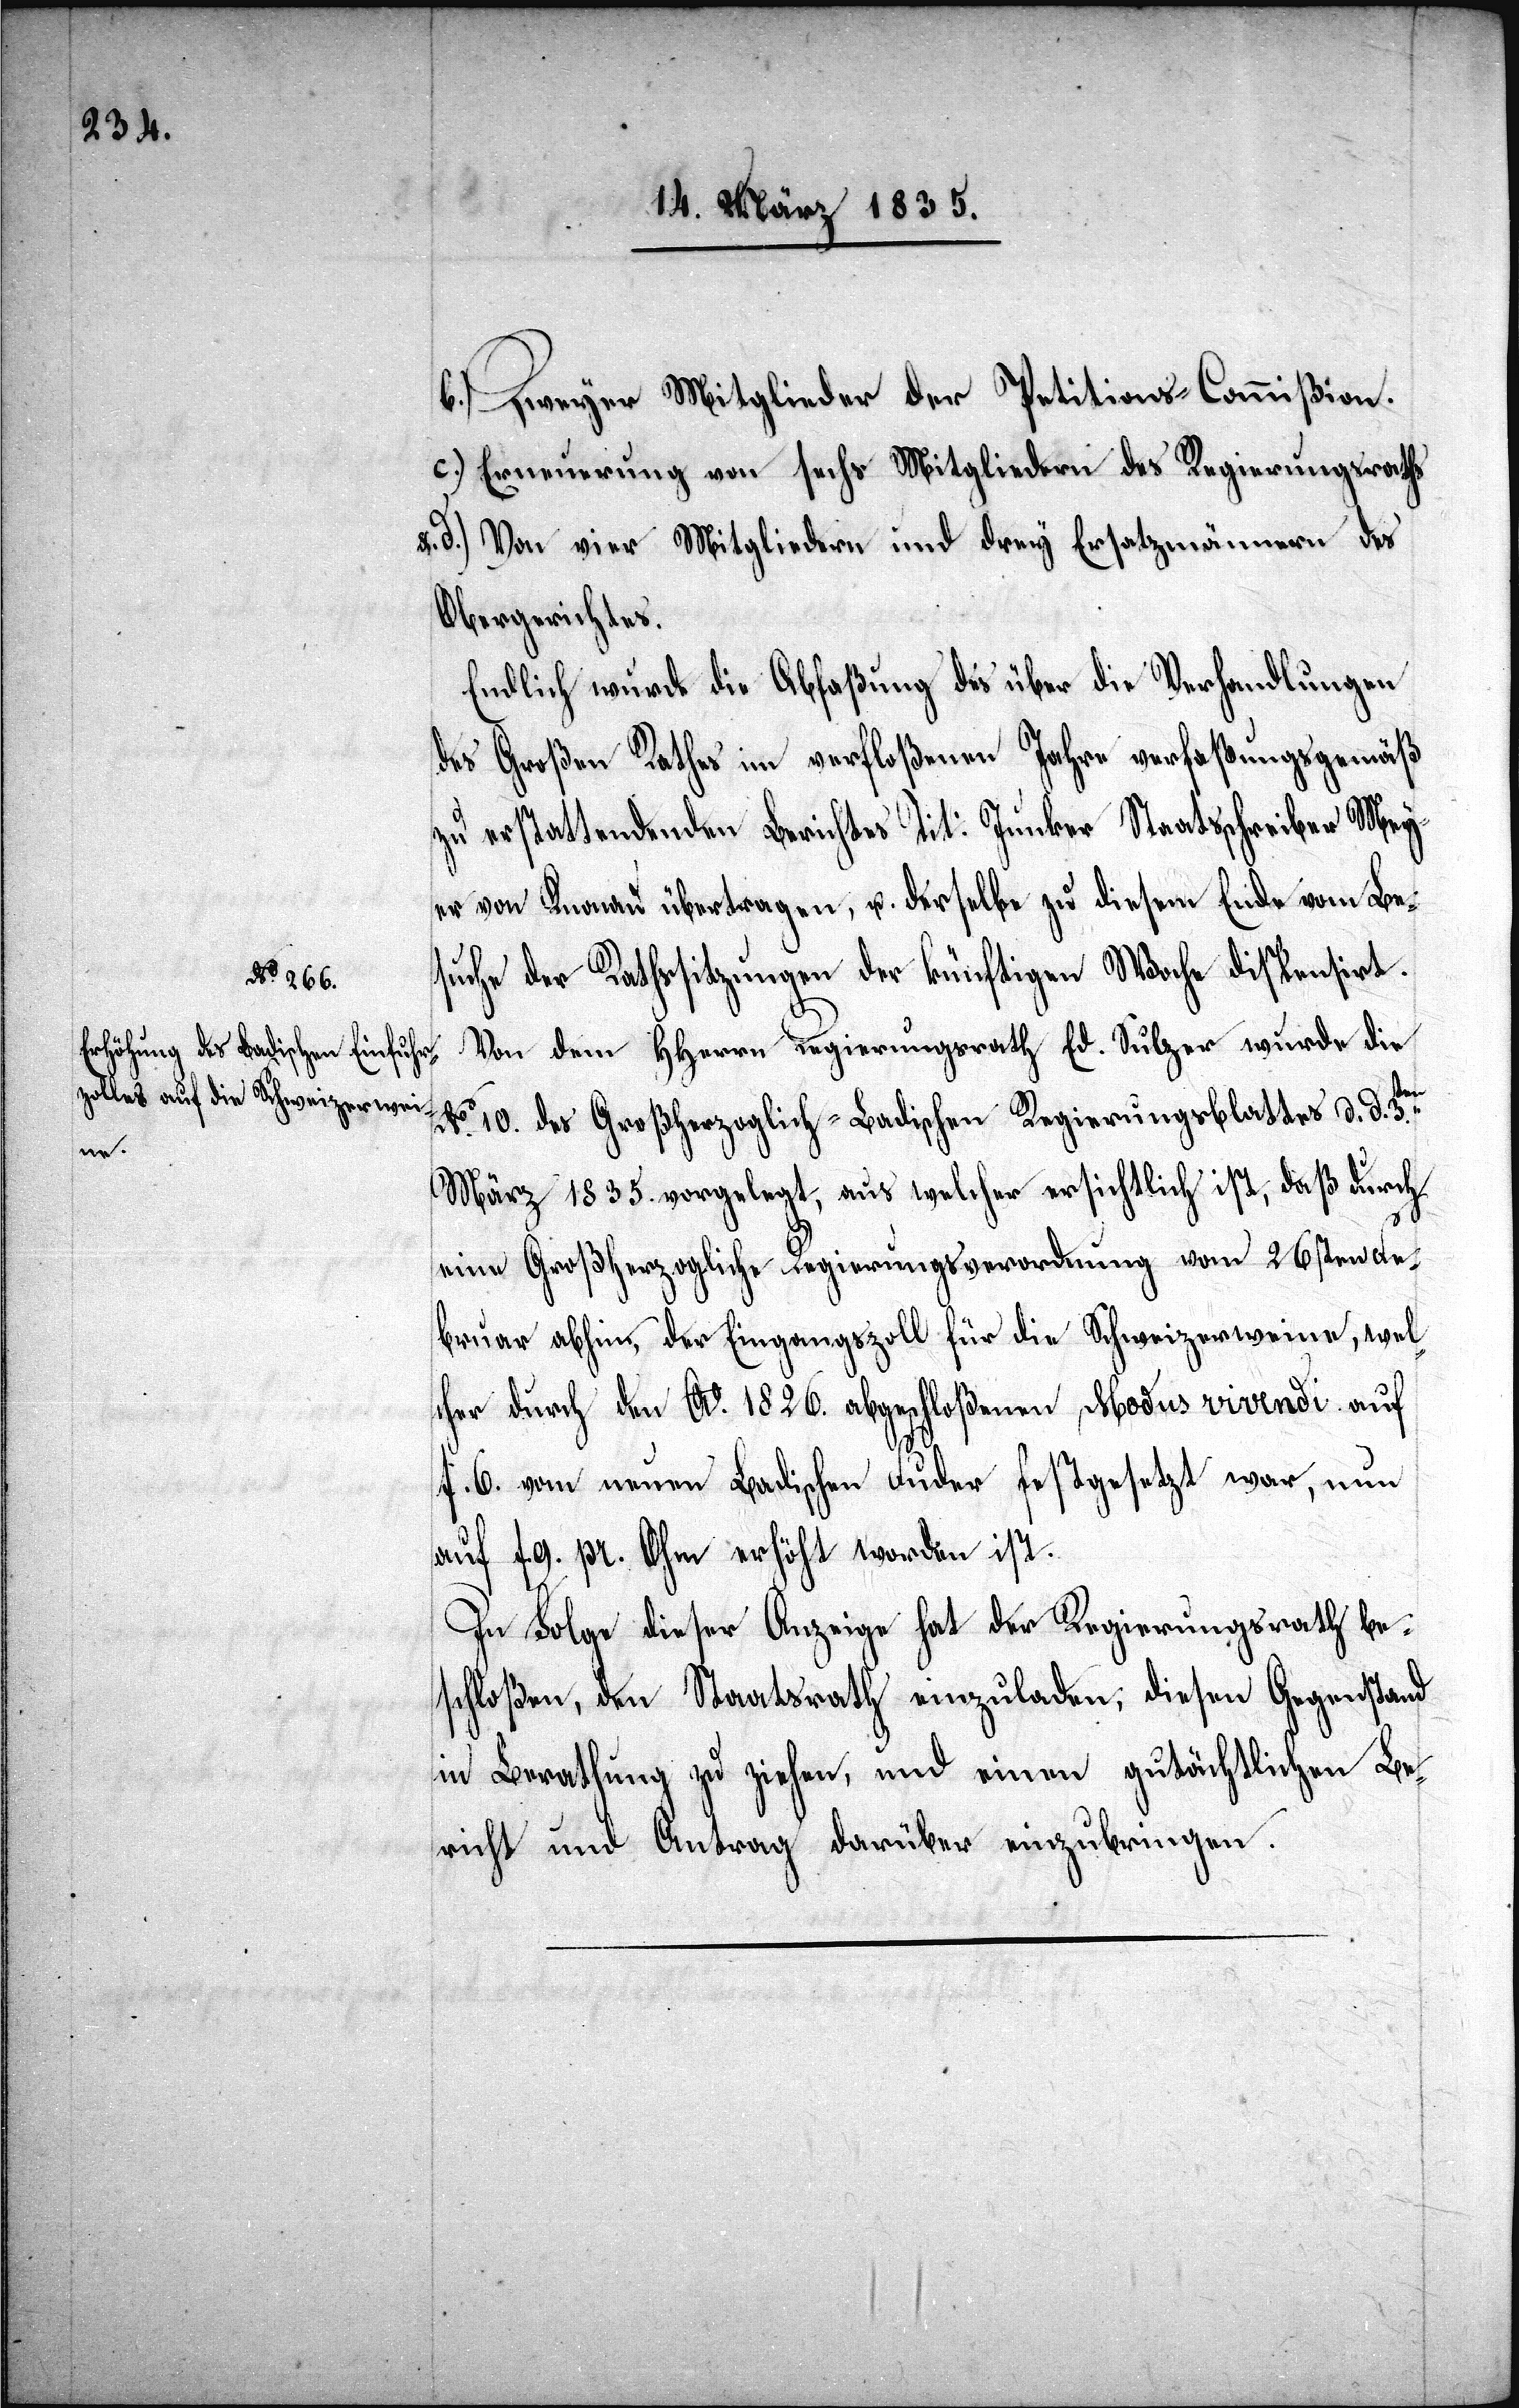
en

b.) Zweyer Mitglieder der Petitions-Commißion.
c.) Erneuerung von sechs Mitgliedern des Regierungsraths
&. d.) Von vier Mitgliedern und drey Ersatzmännern des
Obergerichtes.
Endlich wurde die Abfaßung des über die Verhandlungen
des Großen Rathes im verfloßenen Jahre verfaßungsgemäß
zu erstattenden Berichtes Tit: Junker Staatsschreiber Mey¬
er von Knonau übertragen, u. derselbe zu diesem Ende vom Be¬
suche der Rathssitzungen der künftigen Woche dispensirt.
Von dem HHerrn Regierungsrath Ed. Sulzer wurde die
No. 10. des Großherzoglich-Badischen Regierungsblattes d. d. 3.t¬
März 1835. vorgelegt, aus welcher ersichtlich ist, daß durch
eine Großherzogliche Regierungsverordnung vom 26sten Fe¬
bruar abhin, der Eingangszoll für die Schweizerweine, wel¬
che durch den A0. 1826. abgeschloßenen Modus vivendi auf
f. 6. von neuen Badischen Fuder festgesetzt war, nun
auf f. 9. pr. Ohm erhöht worden ist.
In Folge dieser Anzeige hat der Regierungsrath be¬
schloßen, den Staatsrath einzuladen, diesen Gegenstand
in Berathung zu ziehen, und einen gutächtlichen Be¬
richt und Antrag darüber einzubringen.